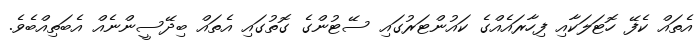
އެތައް ކެފޭ ހޮޓަލަކާއި ފިހާރައެއްގެ ކައުންޓަރުގައި ސޭޓުންގެ ގޮތުގައި އެތައް ބިދޭސީންނެއް އެބަތިއްބެވެ.